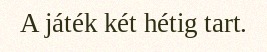
A játék két hétig tart.